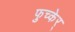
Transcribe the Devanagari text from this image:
फुच्केर्